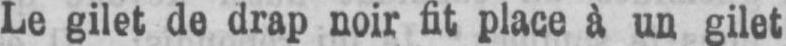
Le gilet de drap noir fit place à un gilet